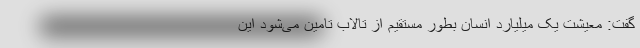
گفت: معیشت یک میلیارد انسان بطور مستقیم از تالاب تامین می‌شود این